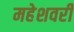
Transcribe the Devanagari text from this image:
महेशवरी